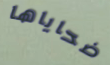
ضحاياها